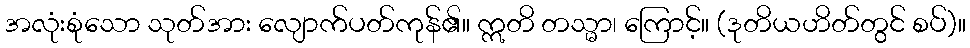
အလုံးစုံသော သုတ်အား လျောက်ပတ်ကုန်၏။ ဣတိ တသ္မာ၊ ကြောင့်။ (ဒုတိယဟိတ်တွင် စပ်)။